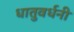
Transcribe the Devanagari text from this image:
धातुवर्धनी